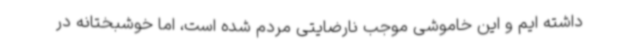
داشته ایم و این خاموشی موجب نارضایتی مردم شده است، اما خوشبختانه در